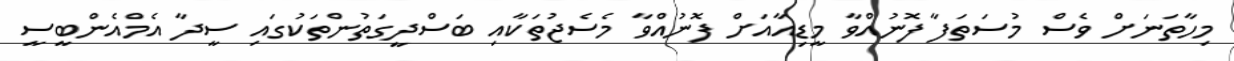
މިހާތަނަށް ވެސް މުސަތަފާ ފޮނުއްވާ މީޑިއާއަށް ފޮނުއްވާ މެސެޖުތަކާއި ބަސްދީގަތުންތަކުގައި ސީދާ އެމްއެންބީސީ